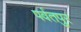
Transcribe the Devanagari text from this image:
पर्वतपुर